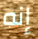
إنه